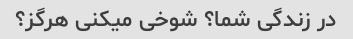
در زندگی شما؟ شوخی میکنی هرگز؟